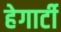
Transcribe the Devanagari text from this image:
हेगार्टी